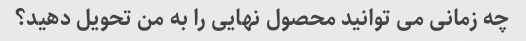
چه زمانی می توانید محصول نهایی را به من تحویل دهید؟